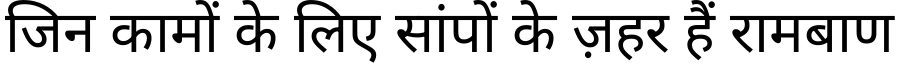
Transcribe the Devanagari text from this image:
जिन कामों के लिए सांपों के ज़हर हैं रामबाण